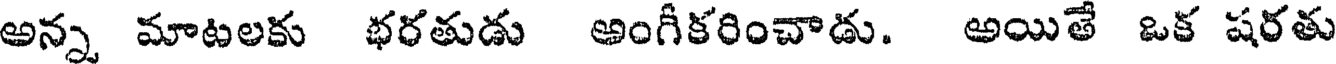
అన్న మాటలకు భరతుడు అంగీకరించాడు. అయితే ఒక షరతు